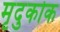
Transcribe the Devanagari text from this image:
मृदुकोक